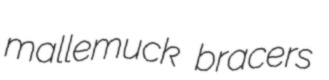
mallemuck bracers